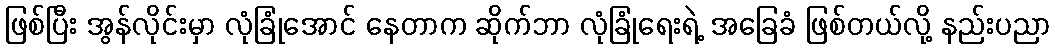
ဖြစ်ပြီး အွန်လိုင်းမှာ လုံခြုံအောင် နေတာက ဆိုက်ဘာ လုံခြုံရေးရဲ့ အခြေခံ ဖြစ်တယ်လို့ နည်းပညာ